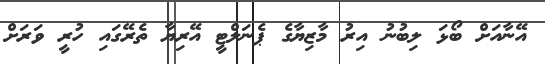
އޭނާއަށް ބޯޅަ ލިބުނު އިރު މާޒިޔާގެ ޕެނަލްޓީ އޭރިޔާ ތެރޭގައި ހުރީ ވަރަށް